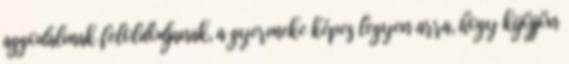
aggodalmak feloldódjanak, a gyermeke képes legyen arra, hogy kijöjjön